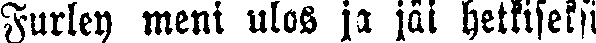
Furley meni ulos ja jäi hetkiseksi